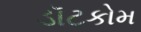
ડૉટકોમ